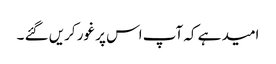
امید ہے کہ آپ اس پر غور کریں گئے ۔